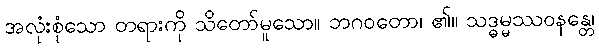
အလုံးစုံသော တရားကို သိတော်မူသော။ ဘဂဝတော၊ ၏။ သဒ္ဓမ္မဿဝနန္တေ၊